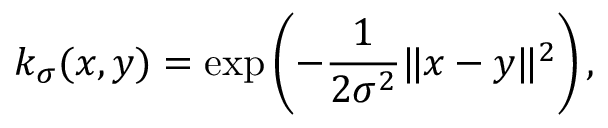
k _ { \sigma } ( x , y ) = \exp \left( - \frac { 1 } { 2 \sigma ^ { 2 } } \| x - y \| ^ { 2 } \right) ,